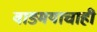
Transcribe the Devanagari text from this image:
वाङ्मयाचाही